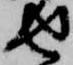
せ